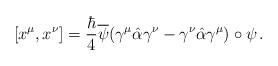
LaTeX: \begin{align*}[x^{\mu}, x^{\nu}]=\frac{\hbar}{4}\overline{\psi}(\gamma^{\mu}\hat{\alpha}\gamma^{\nu}-\gamma^{\nu}\hat{\alpha}\gamma^{\mu})\circ\psi\,.\end{align*}